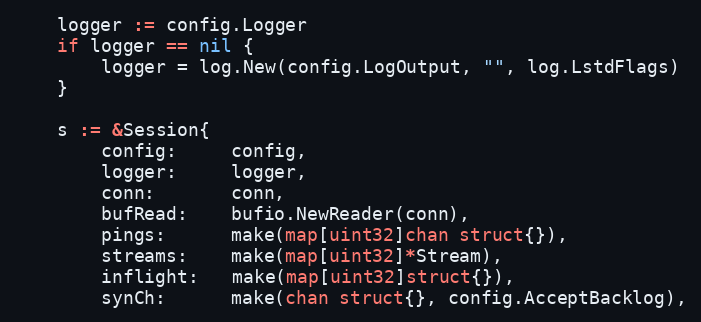
Language: Go
	logger := config.Logger
	if logger == nil {
		logger = log.New(config.LogOutput, "", log.LstdFlags)
	}

	s := &Session{
		config:     config,
		logger:     logger,
		conn:       conn,
		bufRead:    bufio.NewReader(conn),
		pings:      make(map[uint32]chan struct{}),
		streams:    make(map[uint32]*Stream),
		inflight:   make(map[uint32]struct{}),
		synCh:      make(chan struct{}, config.AcceptBacklog),